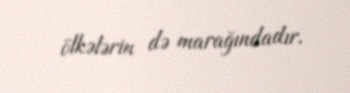
ölkələrin də marağındadır.